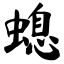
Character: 螅